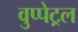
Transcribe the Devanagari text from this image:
वुप्‍पेट्रल